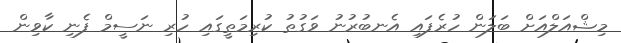
މިޝްއަލްއަށް ބަލަން ހުރެފައި އެނބުރުނު ވަގުތު ކުރިމަތީގައި ހުރި ނަސީމް ފެނި ކާވިން